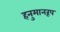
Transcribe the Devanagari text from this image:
हनुमानरूप